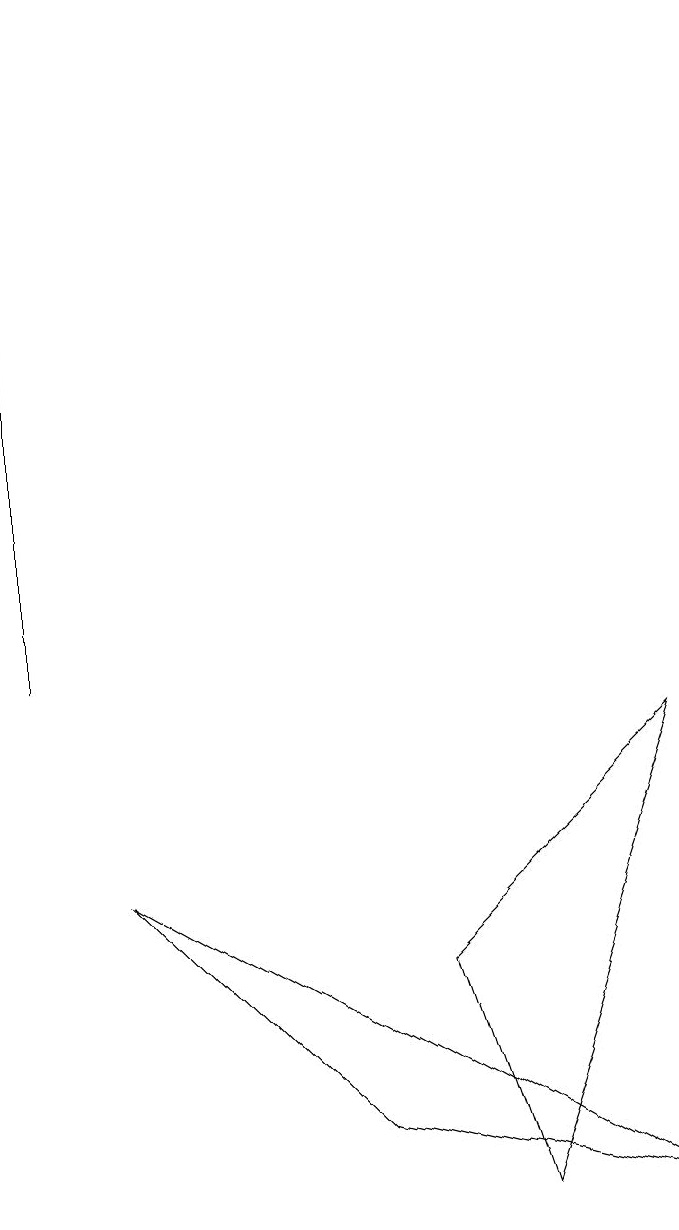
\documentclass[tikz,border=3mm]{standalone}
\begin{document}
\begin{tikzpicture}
\draw (2,7) -- (5,4) -- (9,3) -- cycle;
\draw (1,18) rectangle (1,10);
\draw (9,9) -- (7,3) -- (6,6) -- cycle;
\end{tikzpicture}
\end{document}